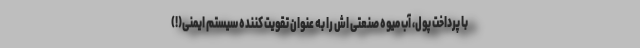
با پرداخت پول، آب میوه صنعتی اش را به عنوان تقویت کننده سیستم ایمنی(!)